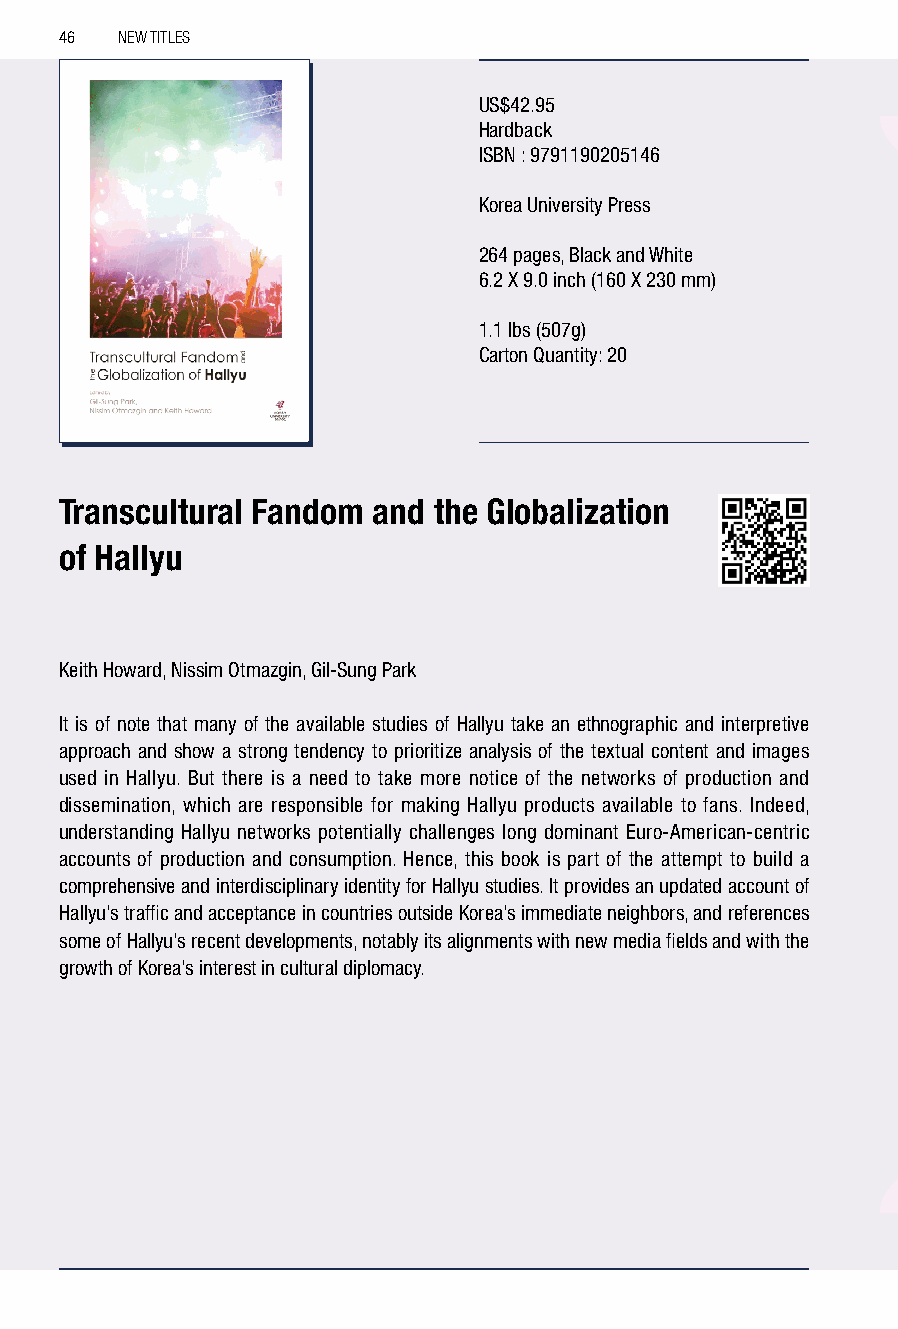
46  NEW TITLES
 US$42.95
 Hardback
 ISBN : 9791190205146
 Korea University Press
 264 pages, Black and White
 6.2 X 9.0 inch (160 X 230 mm)
 1.1 lbs (507g)
 Carton Quantity: 20
 Transcultural Fandom and the Globalization
 of Hallyu
 Keith Howard, Nissim Otmazgin, Gil-Sung Park
 It is of note that many of the available studies of Hallyu take an ethnographic and interpretive
 approach and show a strong tendency to prioritize analysis of the textual content and images
 used in Hallyu. But there is a need to take more notice of the networks of production and
 dissemination, which are responsible for making Hallyu products available to fans. Indeed,
 understanding Hallyu networks potentially challenges long dominant Euro-American-centric
 accounts of production and consumption. Hence, this book is part of the attempt to build a
 comprehensive and interdisciplinary identity for Hallyu studies. It provides an updated account of
 Hallyu’s traffic and acceptance in countries outside Korea’s immediate neighbors, and references
 some of Hallyu’s recent developments, notably its alignments with new media fields and with the
 growth of Korea’s interest in cultural diplomacy.